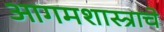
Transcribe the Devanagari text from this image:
आगमशास्त्राचे